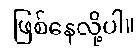
ဖြစ်နေလို့ပါ။